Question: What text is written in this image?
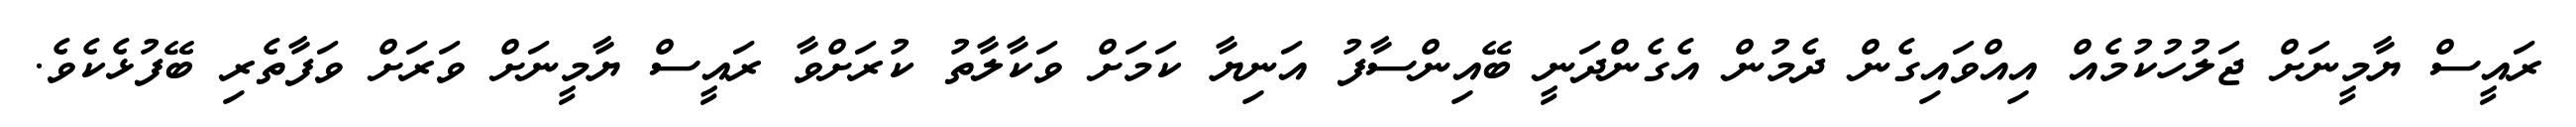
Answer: ރައީސް ޔާމީނަށް ޖަލުހުކުމެއް އިއްވައިގެން ދެމުން އެގެންދަނީ ބޭއިންސާފު އަނިޔާ ކަމަށް ވަކާލާތު ކުރަށްވާ ރައީސް ޔާމީނަށް ވަރަށް ވަފާތެރި ބޭފުޅެކެވެ.